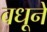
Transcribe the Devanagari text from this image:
वधूनें